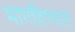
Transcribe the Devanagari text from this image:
भागविण्यात